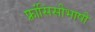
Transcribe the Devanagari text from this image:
फ़्रांसिसीभाषी